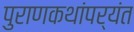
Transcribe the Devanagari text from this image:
पुराणकथांपर्यंत